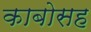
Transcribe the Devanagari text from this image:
काबोसह